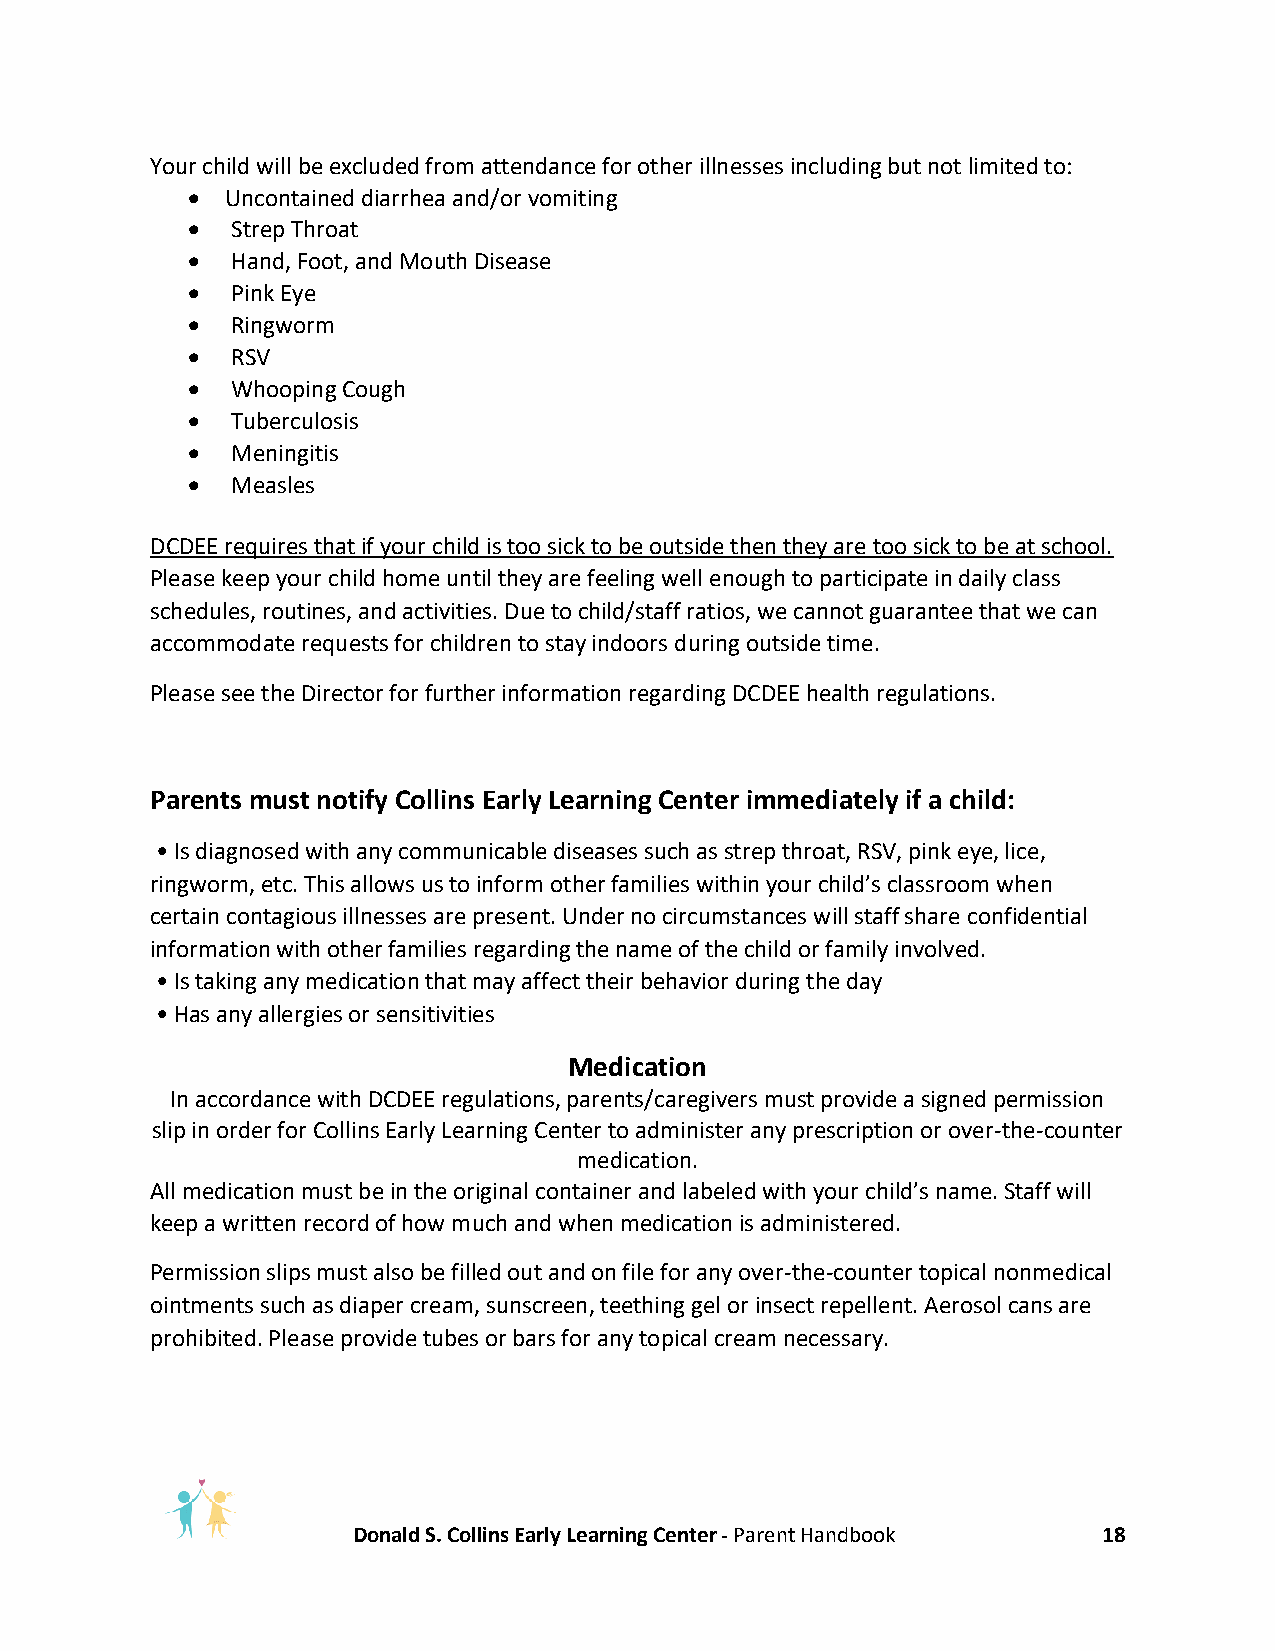
Your child will be excluded from attendance for other illnesses including but not limited to:
 •  Uncontained diarrhea and/or vomiting
 •  Strep Throat
 •  Hand, Foot, and Mouth Disease
 •  Pink Eye
 •  Ringworm
 •  RSV
 •  Whooping Cough
 •  Tuberculosis
 •  Meningitis
 •  Measles
 DCDEE requires that if your child is too sick to be outside then they are too sick to be at school.
 Please keep your child home until they are feeling well enough to participate in daily class
 schedules, routines, and activities. Due to child/staff ratios, we cannot guarantee that we can
 accommodate requests for children to stay indoors during outside time.
 Please see the Director for further information regarding DCDEE health regulations.
 Parents must notify Collins Early Learning Center immediately if a child:
 • Is diagnosed with any communicable diseases such as strep throat, RSV, pink eye, lice,
 ringworm, etc. This allows us to inform other families within your child’s classroom when
 certain contagious illnesses are present. Under no circumstances will staff share confidential
 information with other families regarding the name of the child or family involved.
 • Is taking any medication that may affect their behavior during the day
 • Has any allergies or sensitivities
 Medication
 In accordance with DCDEE regulations, parents/caregivers must provide a signed permission
 slip in order for Collins Early Learning Center to administer any prescription or over-the-counter
 medication.
 All medication must be in the original container and labeled with your child’s name. Staff will
 keep a written record of how much and when medication is administered.
 Permission slips must also be filled out and on file for any over-the-counter topical nonmedical
 ointments such as diaper cream, sunscreen, teething gel or insect repellent. Aerosol cans are
 prohibited. Please provide tubes or bars for any topical cream necessary.
 Donald S. Collins Early Learning Center - Parent Handbook 18